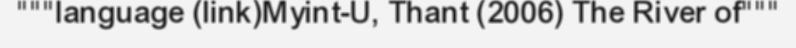
"""language (link)Myint-U, Thant (2006) The River of"""